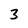
Character: 3